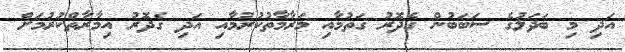
އަދި މި ބަދަލުގެ ސަބަބުން ގެދޮރު ގަތުމާއި މަރާމާތުކުރުމާއި އަދި ގެދޮރު އިމާރާތްކުރުމަށް